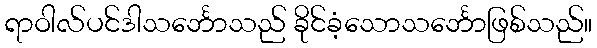
ရာဝါလ်ပင်ဒါသင်္ဘောသည် ခိုင်ခံ့သောသင်္ဘောဖြစ်သည်။